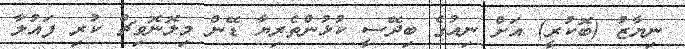
ނިޔާޒު (ބޮކުރީ) އަށް ނިއުގެ ބިދޭސީ ކުޅުންތެރިޔާ ޑޭން މިލޮނޮވިޗް ކުރި ފައުލާ